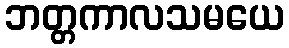
ဘတ္တကာလသမယေ